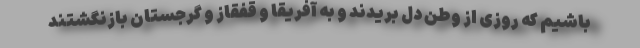
باشیم که روزی از وطن دل بریدند و به آفریقا و قفقاز و گرجستان بازنگشتند